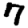
Digit: 7